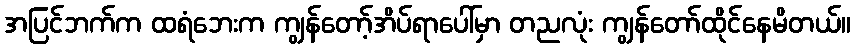
အပြင်ဘက်က ထရံဘေးက ကျွန်တော့်အိပ်ရာပေါ်မှာ တညလုံး ကျွန်တော်ထိုင်နေမိတယ်။